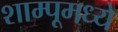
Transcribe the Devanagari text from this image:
शाम्पूमध्ये